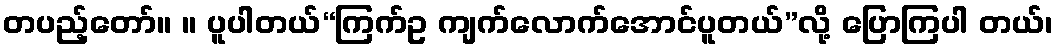
တပည့်တော်။ ။ ပူပါတယ်“ကြက်ဥ ကျက်လောက်အောင်ပူတယ်”လို့ ပြောကြပါ တယ်၊